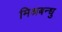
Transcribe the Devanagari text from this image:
मिश्रबन्धु